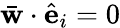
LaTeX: \bar{\mathbf w}\cdot\hat{\mathbf e}_{i}=0